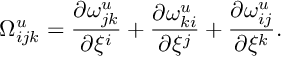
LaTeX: { \Omega } _ { i j k } ^ { u } = \frac { { \partial } { \omega } _ { j k } ^ { u } } { { \partial } { \xi } ^ { i } } + \frac { { \partial } { \omega } _ { k i } ^ { u } } { { \partial } { \xi } ^ { j } } + \frac { { \partial } { \omega } _ { i j } ^ { u } } { { \partial } { \xi } ^ { k } } .